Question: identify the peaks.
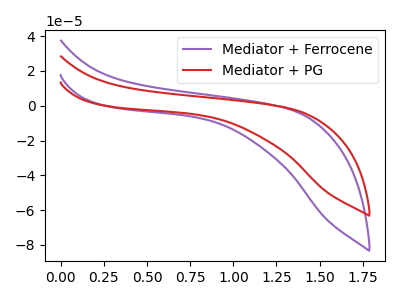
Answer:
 <answer>The purple curve "Mediator + Ferrocene" has no peaks. The red curve "Mediator + PG" has no peaks.</answer>
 <eval></eval>